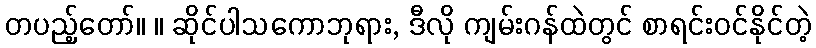
တပည့်တော်။ ။ ဆိုင်ပါသကောဘုရား, ဒီလို ကျမ်းဂန်ထဲတွင် စာရင်းဝင်နိုင်တဲ့